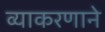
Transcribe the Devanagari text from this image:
व्याकरणाने